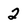
Character: 2